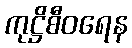
ကုဋ္ဌိစီဝရေန